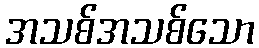
အသစ်အသစ်သော